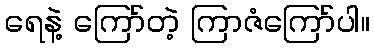
ရေနဲ့ ကြော်တဲ့ ကြာဇံကြော်ပါ။